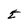
Character: E